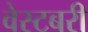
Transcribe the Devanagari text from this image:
वेस्टबरी